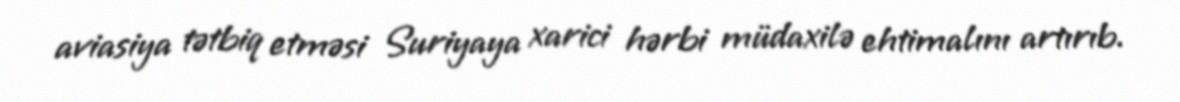
aviasiya tətbiq etməsi Suriyaya xarici hərbi müdaxilə ehtimalını artırıb.